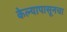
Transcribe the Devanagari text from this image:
केल्यापासूनचा